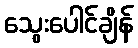
သွေးပေါင်ချိန်